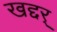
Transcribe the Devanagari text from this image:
खद्दर्